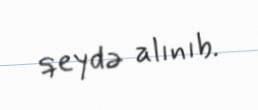
qeydə alınıb.